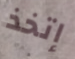
إتخذ